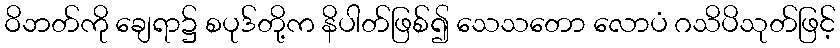
ဝိဘတ်ကို ချေရာ၌ စပုဒ်တို့က နိပါတ်ဖြစ်၍ သေသတော လောပံ ဂသိပိသုတ်ဖြင့်